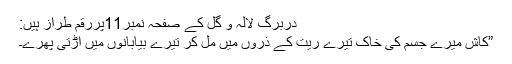
دربرگِ لالہ و گُل کے صفحہ نمبر11پررقم طراز ہیں:
”کاش میرے جسم کی خاک تیرے ریت کے ذروں میں مل کر تیرے بیابانوں میں اڑتی پھرے۔